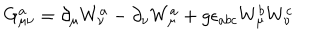
G _ { \mu \nu } ^ { a } = \partial _ { \mu } W _ { \nu } ^ { a } - \partial _ { \nu } W _ { \mu } ^ { a } + g \epsilon _ { a b c } W _ { \mu } ^ { b } W _ { \nu } ^ { c }